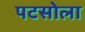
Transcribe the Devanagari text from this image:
पटसोला